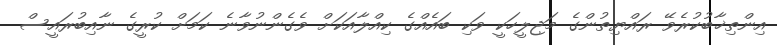
އިންތިޚާބުކުރެވޭ ރައްޔިތުންގެ މަޖިލީހަކީ ވަކި ބައެއްގެ ކިއްލާއަކަށް ވެގެންނުވާނެ ކަމަށް ކުރީގެ ނާއިބުރައީސް